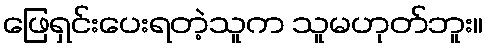
ဖြေရှင်းပေးရတဲ့သူက သူမဟုတ်ဘူး။